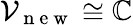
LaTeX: \mathcal{V}_{\mathrm{~n~e~w~}}\cong\mathbb{C}